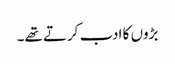
بڑوں کا ادب کرتے تھے۔